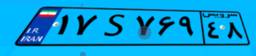
۱۷S۷۶۹۴۸